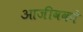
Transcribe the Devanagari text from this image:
आजीवकों